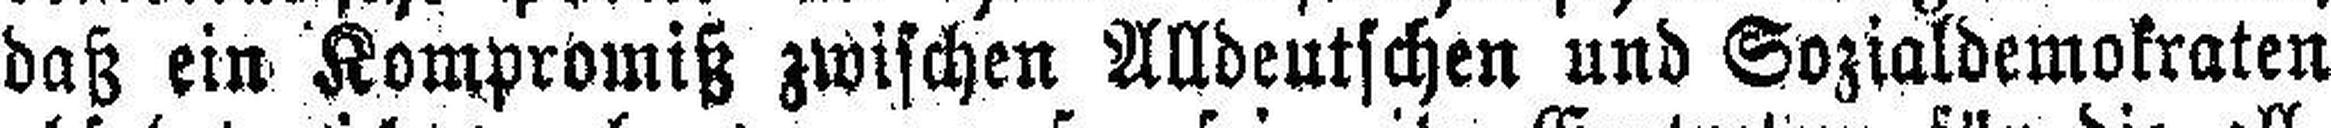
daß ein Kompromiß zwischen Alldeutschen und Sozialdemokraten